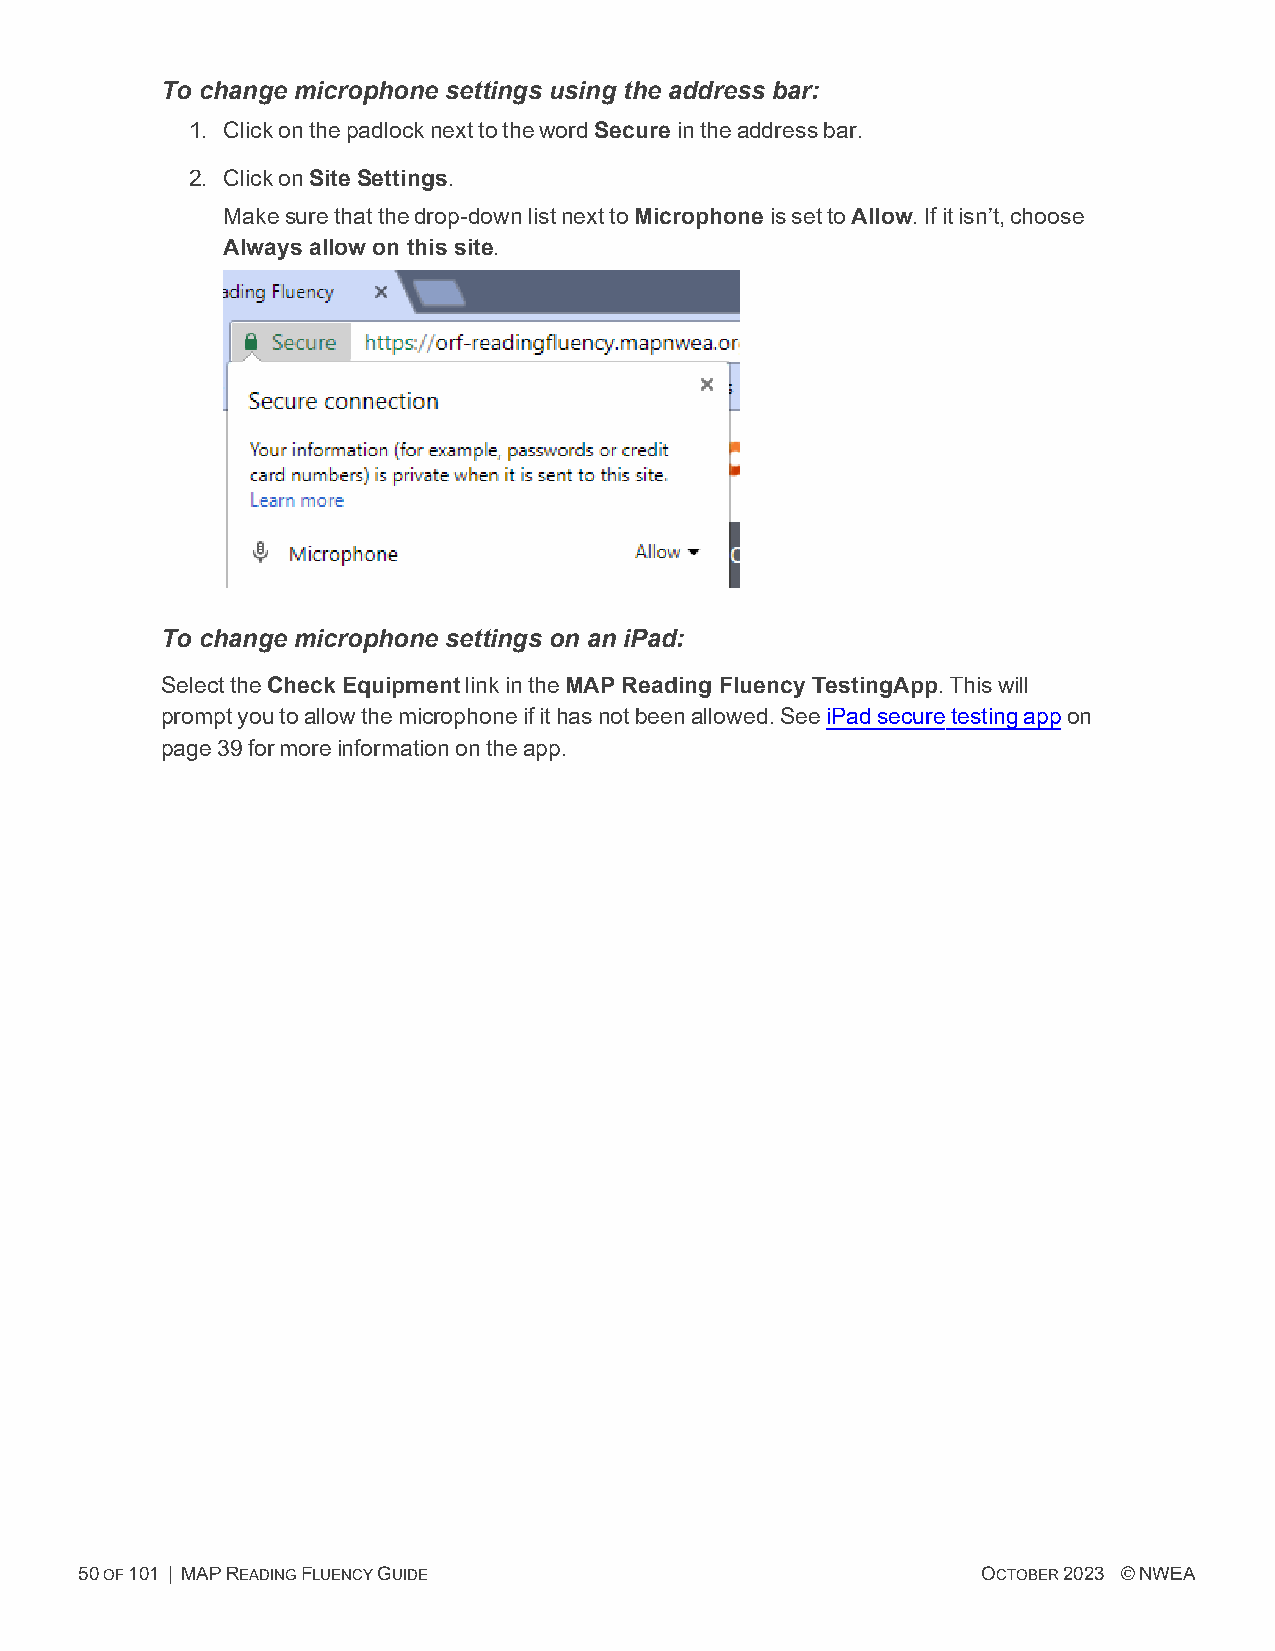
To change microphone settings using the address bar:
 1. ClickonthepadlocknexttothewordSecure intheaddressbar.
 2. ClickonSite Settings.
 Makesurethatthedrop-downlistnexttoMicrophone issettoAllow.Ifitisn’t,choose
 Always allow on this site.
 To change microphone settings on an iPad:
 SelecttheCheck EquipmentlinkintheMAP Reading Fluency TestingApp.Thiswill
 promptyoutoallowthemicrophoneifithasnotbeenallowed.SeeiPadsecuretestingappon
 page39formoreinformationontheapp.
 50OF101 | MAPREADINGFLUENCYGUIDE                            OCTOBER2023 ©NWEA